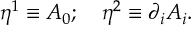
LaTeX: \eta ^ { 1 } \equiv A _ { 0 } ; ~ ~ ~ \eta ^ { 2 } \equiv \partial _ { i } A _ { i } .